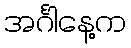
အင်္ဂါနေ့က